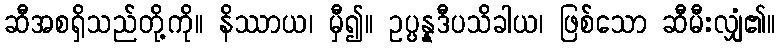
ဆီအစရှိသည်တို့ကို။ နိဿာယ၊ မှီ၍။ ဥပ္ပန္နဒီပသိခါယ၊ ဖြစ်သော ဆီမီးလျှံ၏။